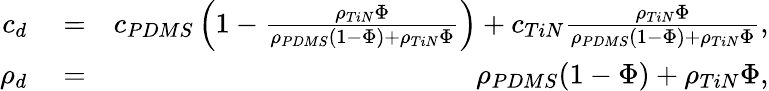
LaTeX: \begin{array}{rlr}{c_{d}}&{{}=}&{c_{PDMS}\left(1-\frac{\rho_{TiN}\Phi}{\rho_{PDMS}(1-\Phi)+\rho_{TiN}\Phi}\right)+c_{TiN}\frac{\rho_{TiN}\Phi}{\rho_{PDMS}(1-\Phi)+\rho_{TiN}\Phi},}\\ {\rho_{d}}&{{}=}&{\rho_{PDMS}(1-\Phi)+\rho_{TiN}\Phi,}\end{array}